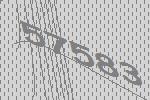
57583